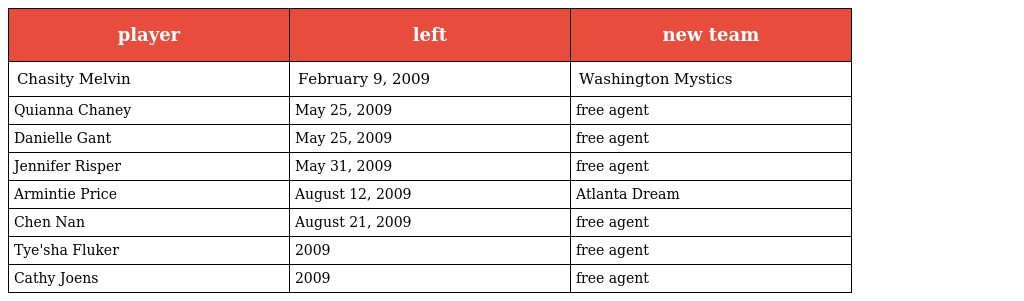
| player | left | new team |
 | --- | --- | --- |
 | Chasity Melvin | February 9, 2009 | Washington Mystics |
 | Quianna Chaney | May 25, 2009 | free agent |
 | Danielle Gant | May 25, 2009 | free agent |
 | Jennifer Risper | May 31, 2009 | free agent |
 | Armintie Price | August 12, 2009 | Atlanta Dream |
 | Chen Nan | August 21, 2009 | free agent |
 | Tye'sha Fluker | 2009 | free agent |
 | Cathy Joens | 2009 | free agent |